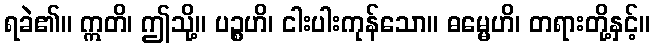
ရခဲ၏။ ဣတိ၊ ဤသို့။ ပဉ္စဟိ၊ ငါးပါးကုန်သော။ ဓမ္မေဟိ၊ တရားတို့နှင့်။